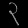
Digit: ၃